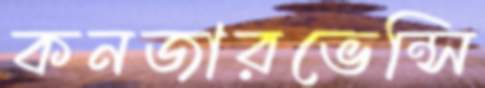
কনজারভেন্সি